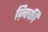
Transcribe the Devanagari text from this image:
ज़्विकी